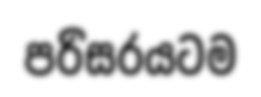
පරිසරයටම